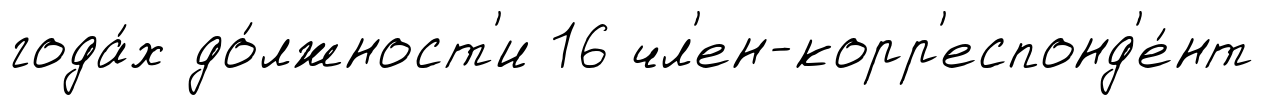
года́х до́лжност'и 16 чл'ен-корр'еспонд'е́нт